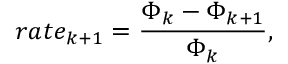
r a t e _ { k + 1 } = \frac { \Phi _ { k } - \Phi _ { k + 1 } } { \Phi _ { k } } ,